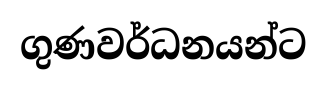
ගුණවර්ධනයන්ට